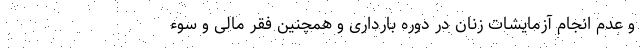
و عدم انجام آزمایشات زنان در دوره بارداری و همچنین فقر مالی و سوء